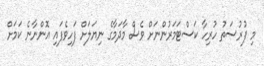
މި ފުރުސަތު ހުރިހާ ކަސްޓަމަރުންނަށް ވެސް މާދަމާގެ ނިޔަލަށް ފަހިވެފައި އޮންނާނެ ކަމަށް